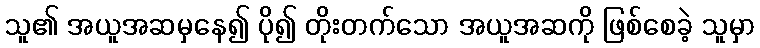
သူ၏ အယူအဆမှနေ၍ ပို၍ တိုးတက်သော အယူအဆကို ဖြစ်စေခဲ့ သူမှာ